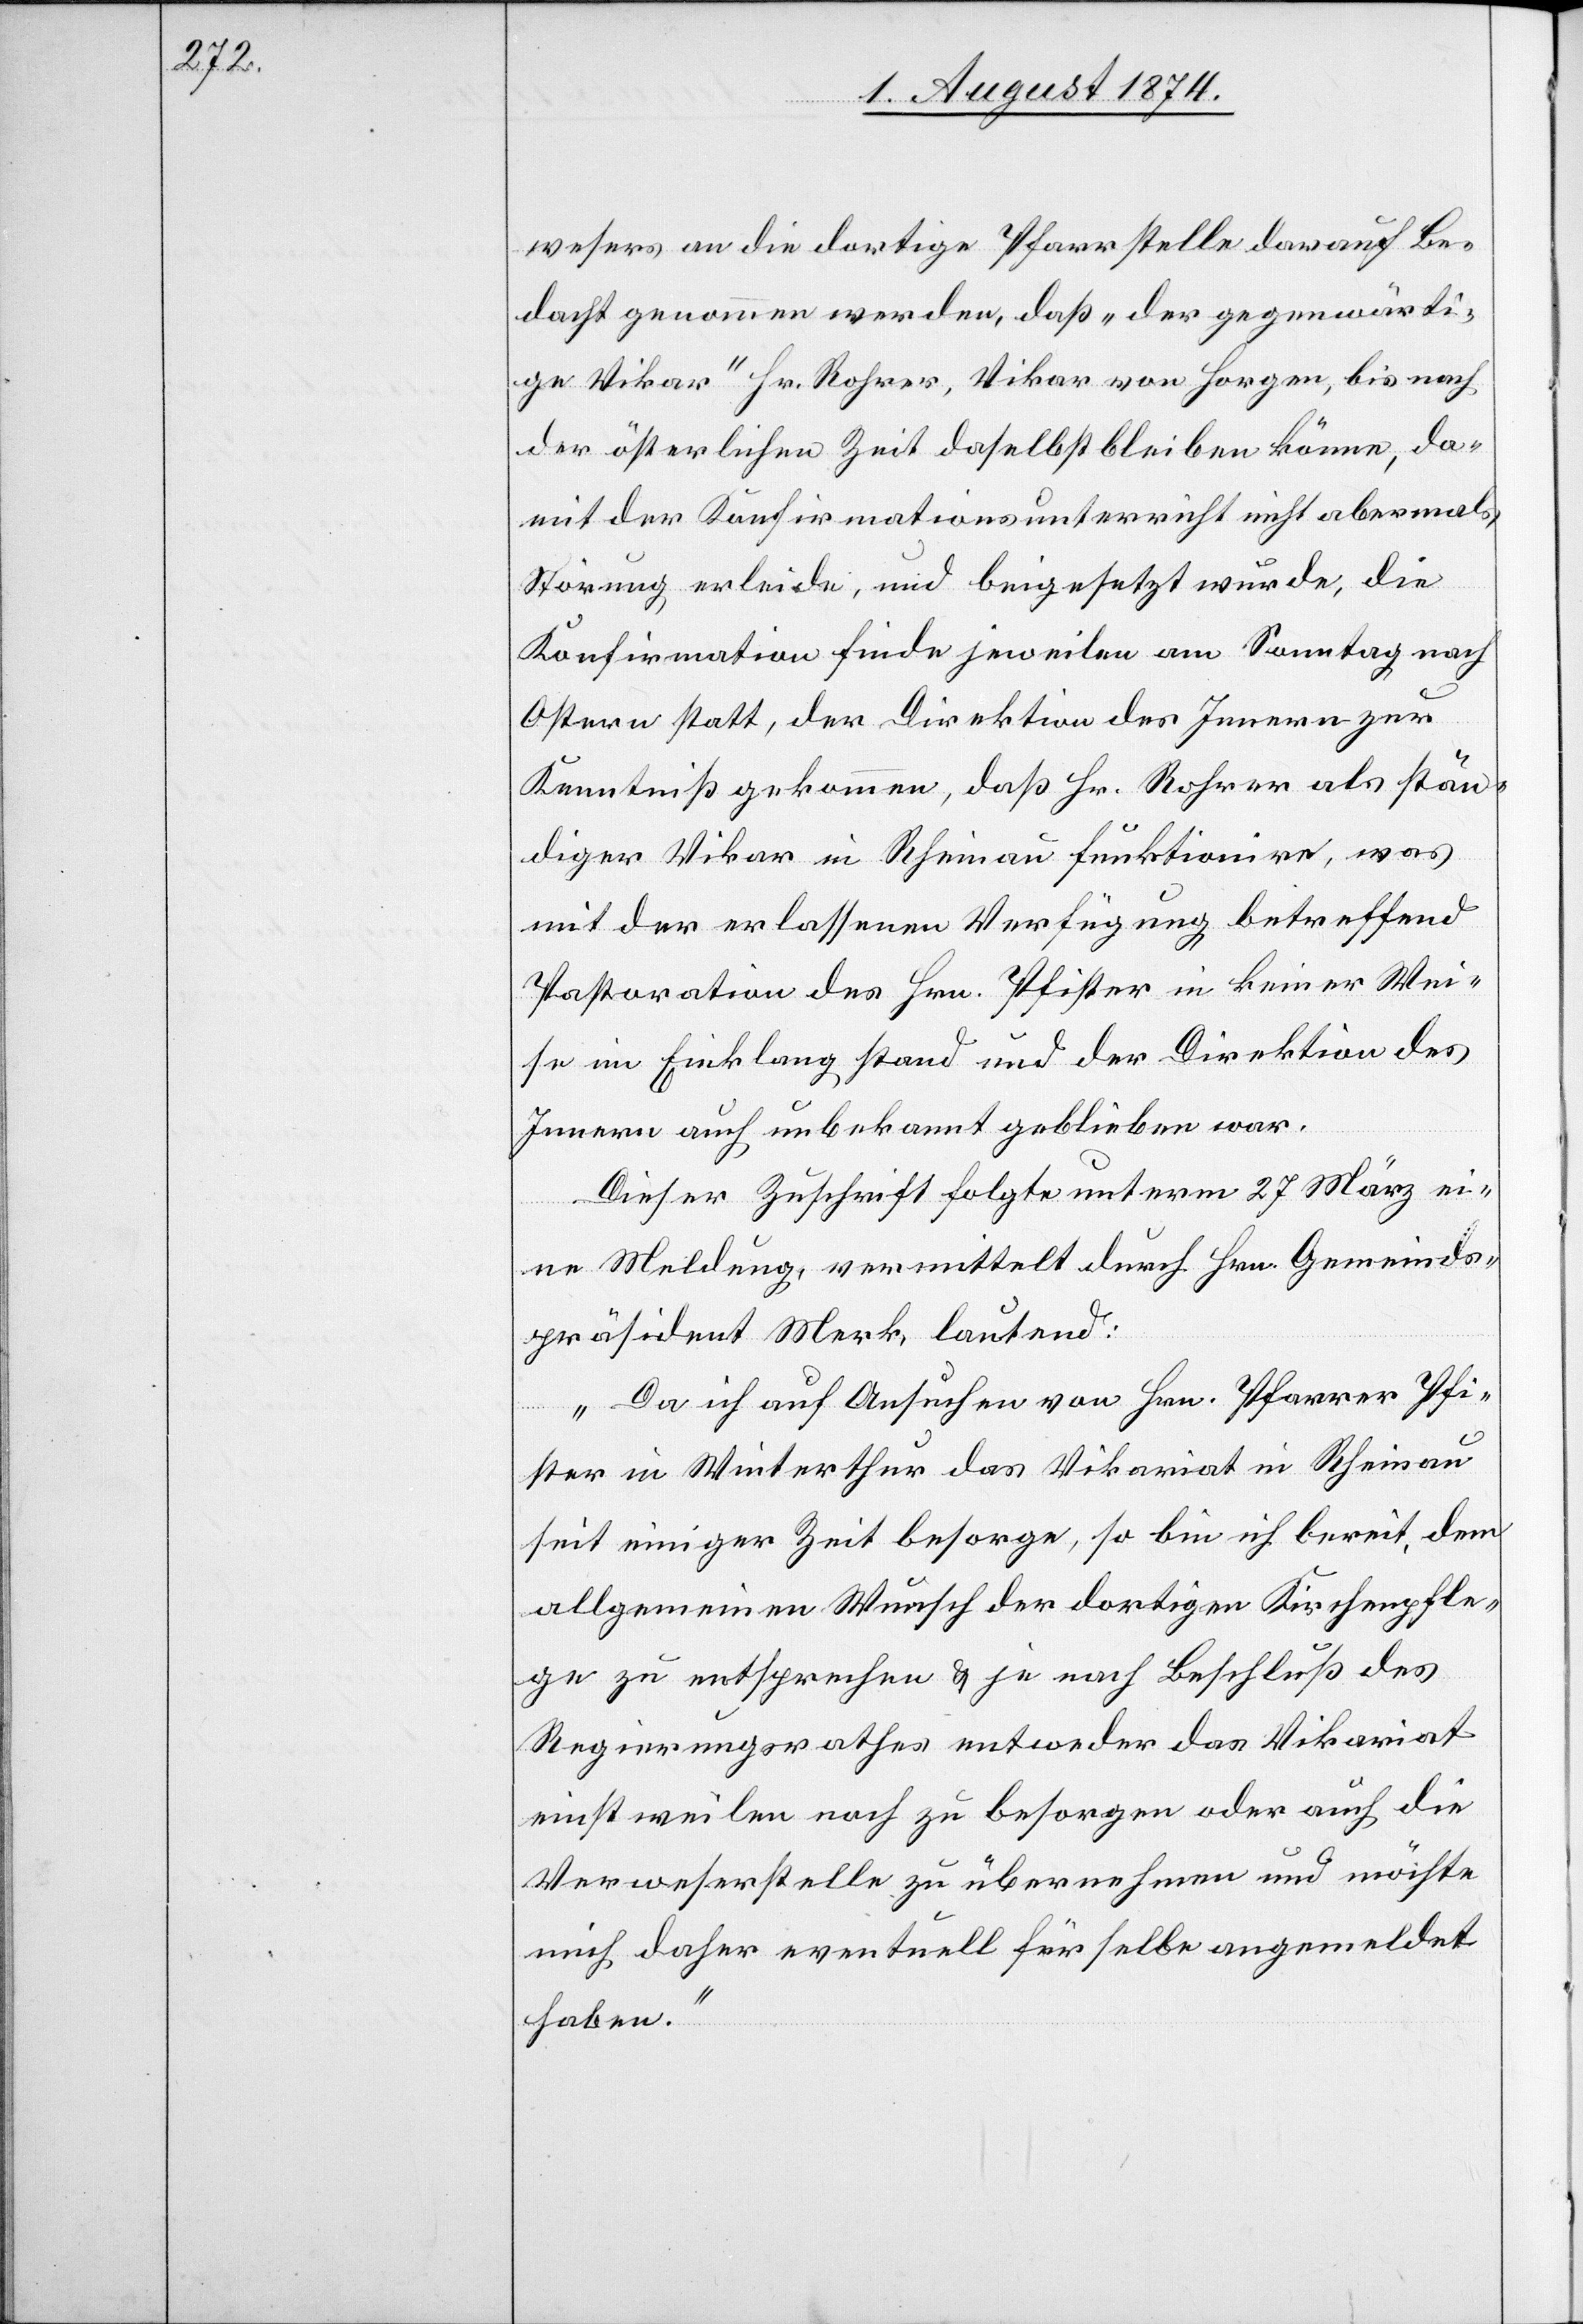
wesers an die dortige Pfarrstelle darauf Be¬
dacht genommen werden, daß „der gegenwärti¬
ge Vikar“ Hr. Rohrer, Vikar von Horgen, bis nach
der österlichen Zeit daselbst bleiben könne, da¬
mit der Konfirmationsunterricht nicht abermals
Störung erleide, und beigesetzt wurde, die
Konfirmation finde jeweilen am Samstag nach
Ostern statt, der Direktion des Innern zur
Kenntniß gekommen, daß Hr. Rohrer als stän¬
diger Vikar in Rheinau funktionire, was
mit der erlassenen Verfügung betreffend
Pastoration des Hrn. Pfister in keiner Wei¬
se im Einklang stand und der Direktion des
Innern auch unbekannt geblieben war.
Dieser Zuschrift folgte unterm 27. März ei¬
ne Meldung, vermittelt durch Hrn. Gemeinds¬
präsident Merk, lautend:
„Da ich auf Ansuchen von Hrn. Pfarrer Pfi¬
ster in Winterthur das Vikariat in Rheinau
seit einiger Zeit besorge, so bin ich bereit, dem
allgemeinen Wunsch der dortigen Kirchenpfle¬
ge zu entsprechen u. je nach Beschluß des
Regierungsrathes entweder das Vikariat
einstweilen noch zu besorgen oder auch die
Verweserstelle zu übernehmen und möchte
mich daher eventuell für selbe angemeldet
haben.“